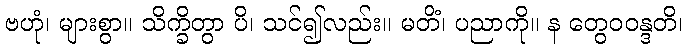
ဗဟုံ၊ များစွာ။ သိက္ခိတွာ ပိ၊ သင်၍လည်း။ မတိံ၊ ပညာကို။ န တွေဝဝန္ဒတိ၊